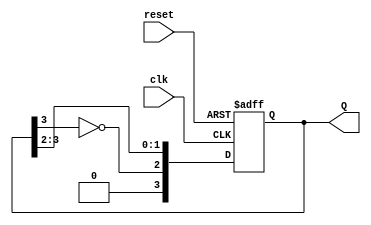
module JohnsonCounter #(parameter N = 4) (
    input wire clk,            // Clock input
    input wire reset,          // Asynchronous reset
    output reg [N-1:0] Q       // Output state of the counter
);

    always @(posedge clk or posedge reset) begin
        if (reset) begin
            Q <= 0;            // Reset counter to initial state
        end else begin
            Q <= {~Q[N-1], Q[N-1:N-2]}; // Shift and feedback mechanism
        end
    end

endmodule